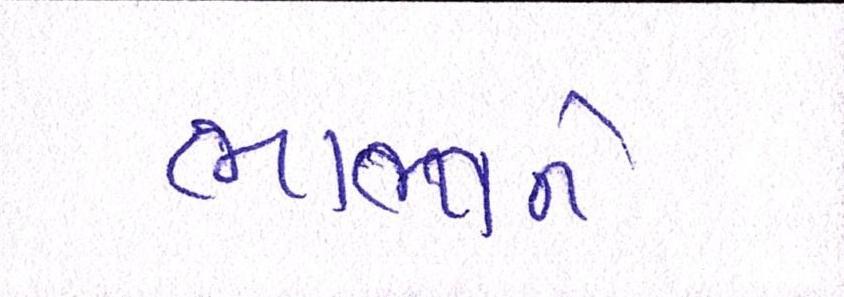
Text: ભાભીને